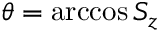
\theta = \operatorname { a r c c o s } S _ { z }